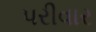
પરીવાર